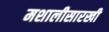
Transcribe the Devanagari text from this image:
मशालीसारखी